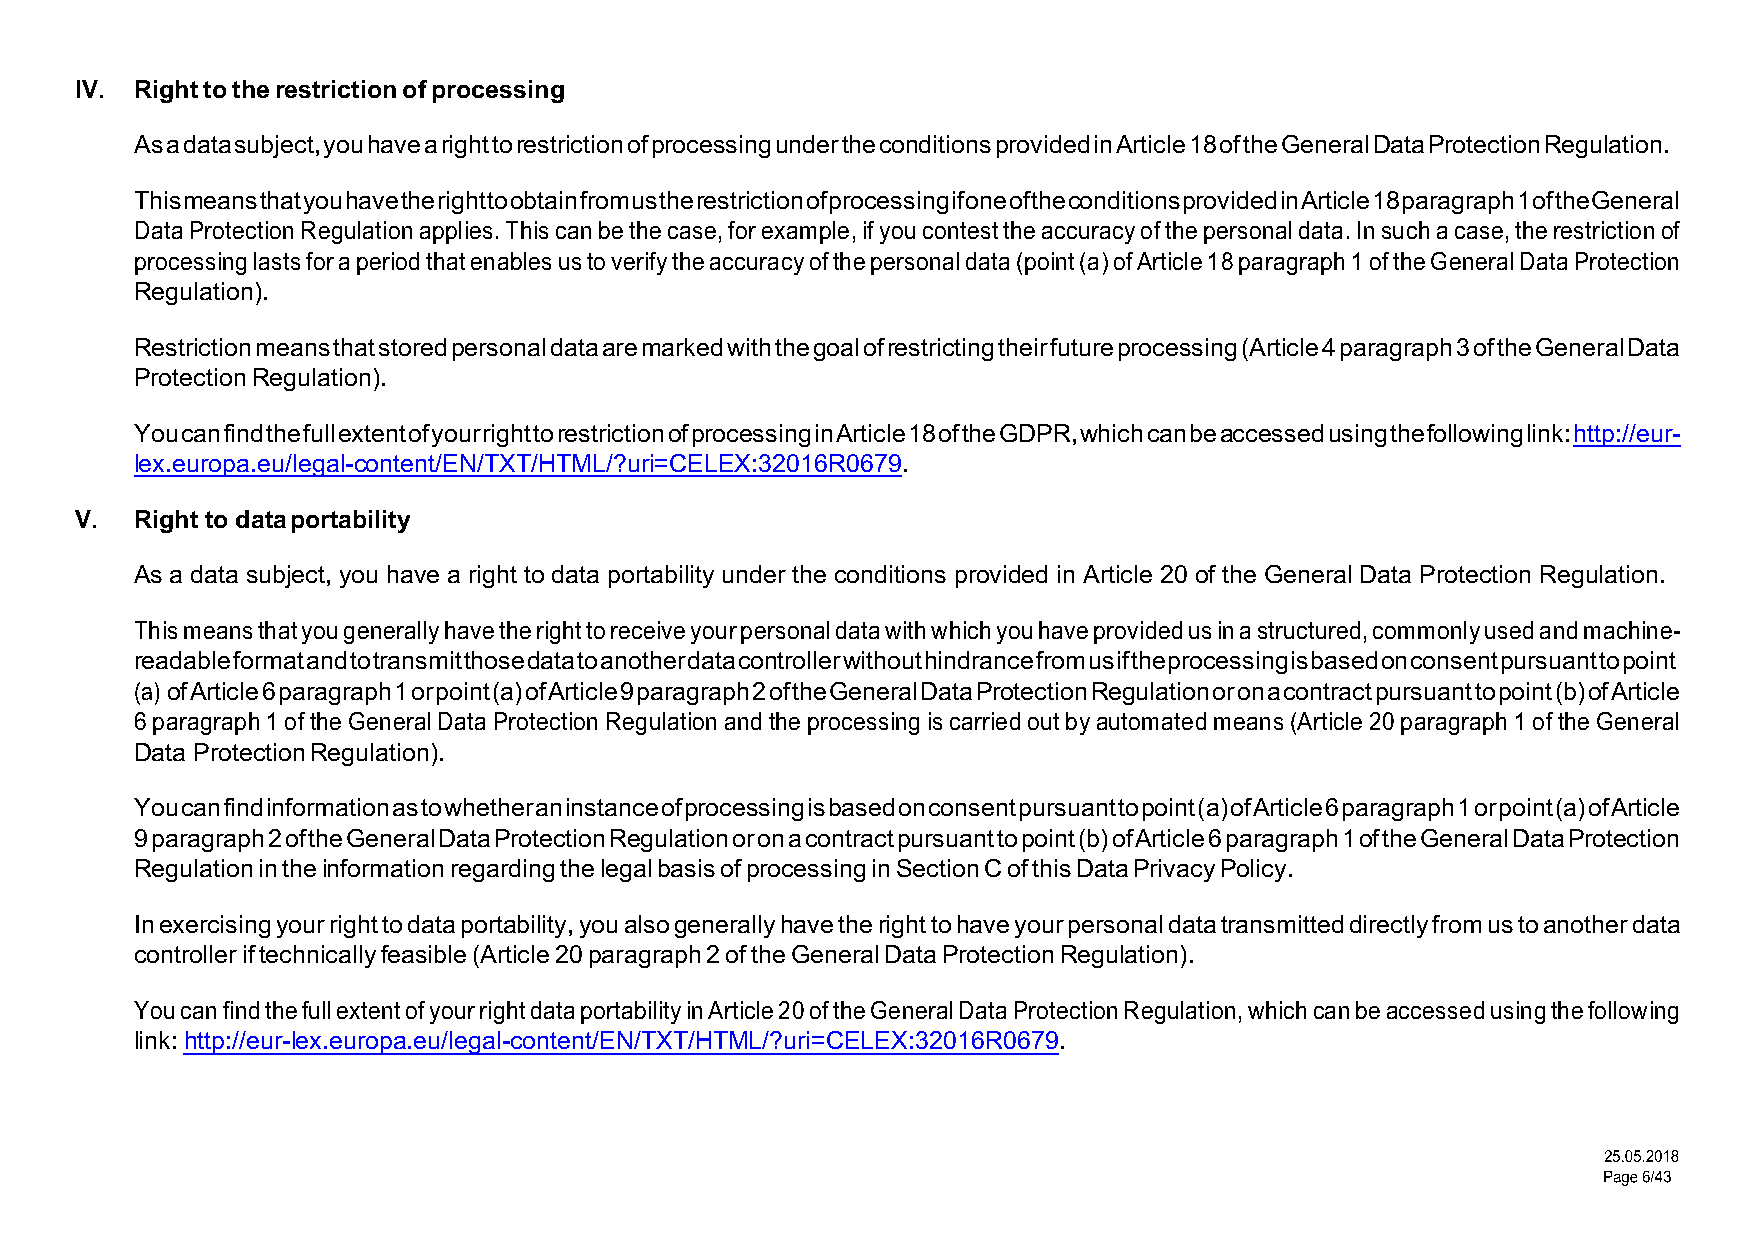
IV. Right to the restriction of processing
 As a data subject, you have a right to restriction of processing under the conditions provided in Article 18 of the General Data Protection Regulation.
 This means that you have the right to obtain from us the restriction of processing if one of the conditions provided in Article 18 paragraph 1 of the General
 Data Protection Regulation applies. This can be the case, for example, if you contest the accuracy of the personal data. In such a case, the restriction of
 processing lasts for a period that enables us to verify the accuracy of the personal data (point (a) of Article 18 paragraph 1 of the General Data Protection
 Regulation).
 Restriction means that stored personal data are marked with the goal of restricting their future processing (Article 4 paragraph 3 of the General Data
 Protection Regulation).
 You can find the full extent of your right to restriction of processing in Article 18 of the GDPR, which can be accessed using the following link: http://eur-
 lex.europa.eu/legal-content/EN/TXT/HTML/?uri=CELEX:32016R0679.
 V.  Right to data portability
 As a data subject, you have a right to data portability under the conditions provided in Article 20 of the General Data Protection Regulation.
 This means that you generally have the right to receive your personal data with which you have provided us in a structured, commonly used and machine-
 readable format and to transmit those data to another data controller without hindrance from us if the processing is based on consent pursuant to point
 (a) of Article 6 paragraph 1 or point (a) of Article 9 paragraph 2 of the General Data Protection Regulation or on a contract pursuant to point (b) of Article
 6 paragraph 1 of the General Data Protection Regulation and the processing is carried out by automated means (Article 20 paragraph 1 of the General
 Data Protection Regulation).
 You can find information as to whether an instance of processing is based on consent pursuant to point (a) of Article 6 paragraph 1 or point (a) of Article
 9 paragraph 2 of the General Data Protection Regulation or on a contract pursuant to point (b) of Article 6 paragraph 1 of the General Data Protection
 Regulation in the information regarding the legal basis of processing in Section C of this Data Privacy Policy.
 In exercising your right to data portability, you also generally have the right to have your personal data transmitted directly from us to another data
 controller if technically feasible (Article 20 paragraph 2 of the General Data Protection Regulation).
 You can find the full extent of your right data portability in Article 20 of the General Data Protection Regulation, which can be accessed using the following
 link: http://eur-lex.europa.eu/legal-content/EN/TXT/HTML/?uri=CELEX:32016R0679.